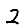
Digit: 2